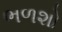
ભળશો